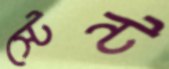
স্টেন্ট